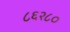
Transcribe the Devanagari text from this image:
८६२८०